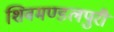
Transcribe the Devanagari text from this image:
शिवमण्डलपुरी